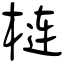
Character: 梿